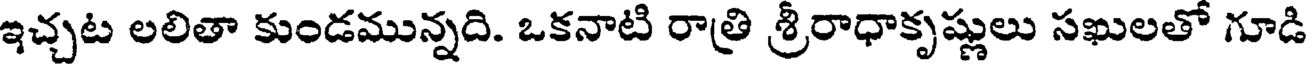
ఇచ్చట లలితా కుండమున్నది. ఒకనాటి రాత్రి శ్రీరాధాకృష్ణులు సఖులతో గూడి